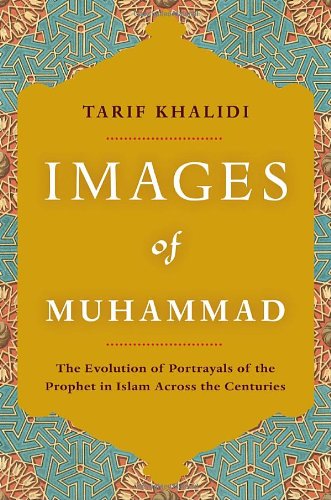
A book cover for Images of Muhammad: Narratives of the Prophet in Islam Across the Centuries; Tarif Khalidi; Religion & Spirituality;